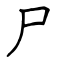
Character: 尸